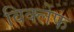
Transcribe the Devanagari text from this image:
विक्लेफ